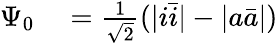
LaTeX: \begin{array}{rl}{\Psi_{0}}&{{}=\frac{1}{\sqrt{2}}(\lvert i\bar{i}\rvert-\lvert a\bar{a}\rvert)}\end{array}